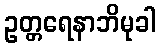
ဥတ္တရေနာဘိမုခါ